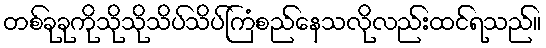
တစ်ခုခုကိုသိုသိုသိပ်သိပ်ကြံစည်နေသလိုလည်းထင်ရသည်။